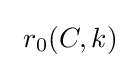
~r_{0}(C,k)~